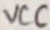
Text: VCC